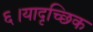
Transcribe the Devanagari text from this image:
६।यादृच्छिक